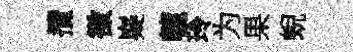
攬徴嶷轆玲为果蜺